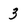
Character: 3